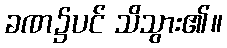
ခဏ၌ပင် သိသွား၏။